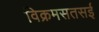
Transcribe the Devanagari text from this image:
विक्रमसतसई